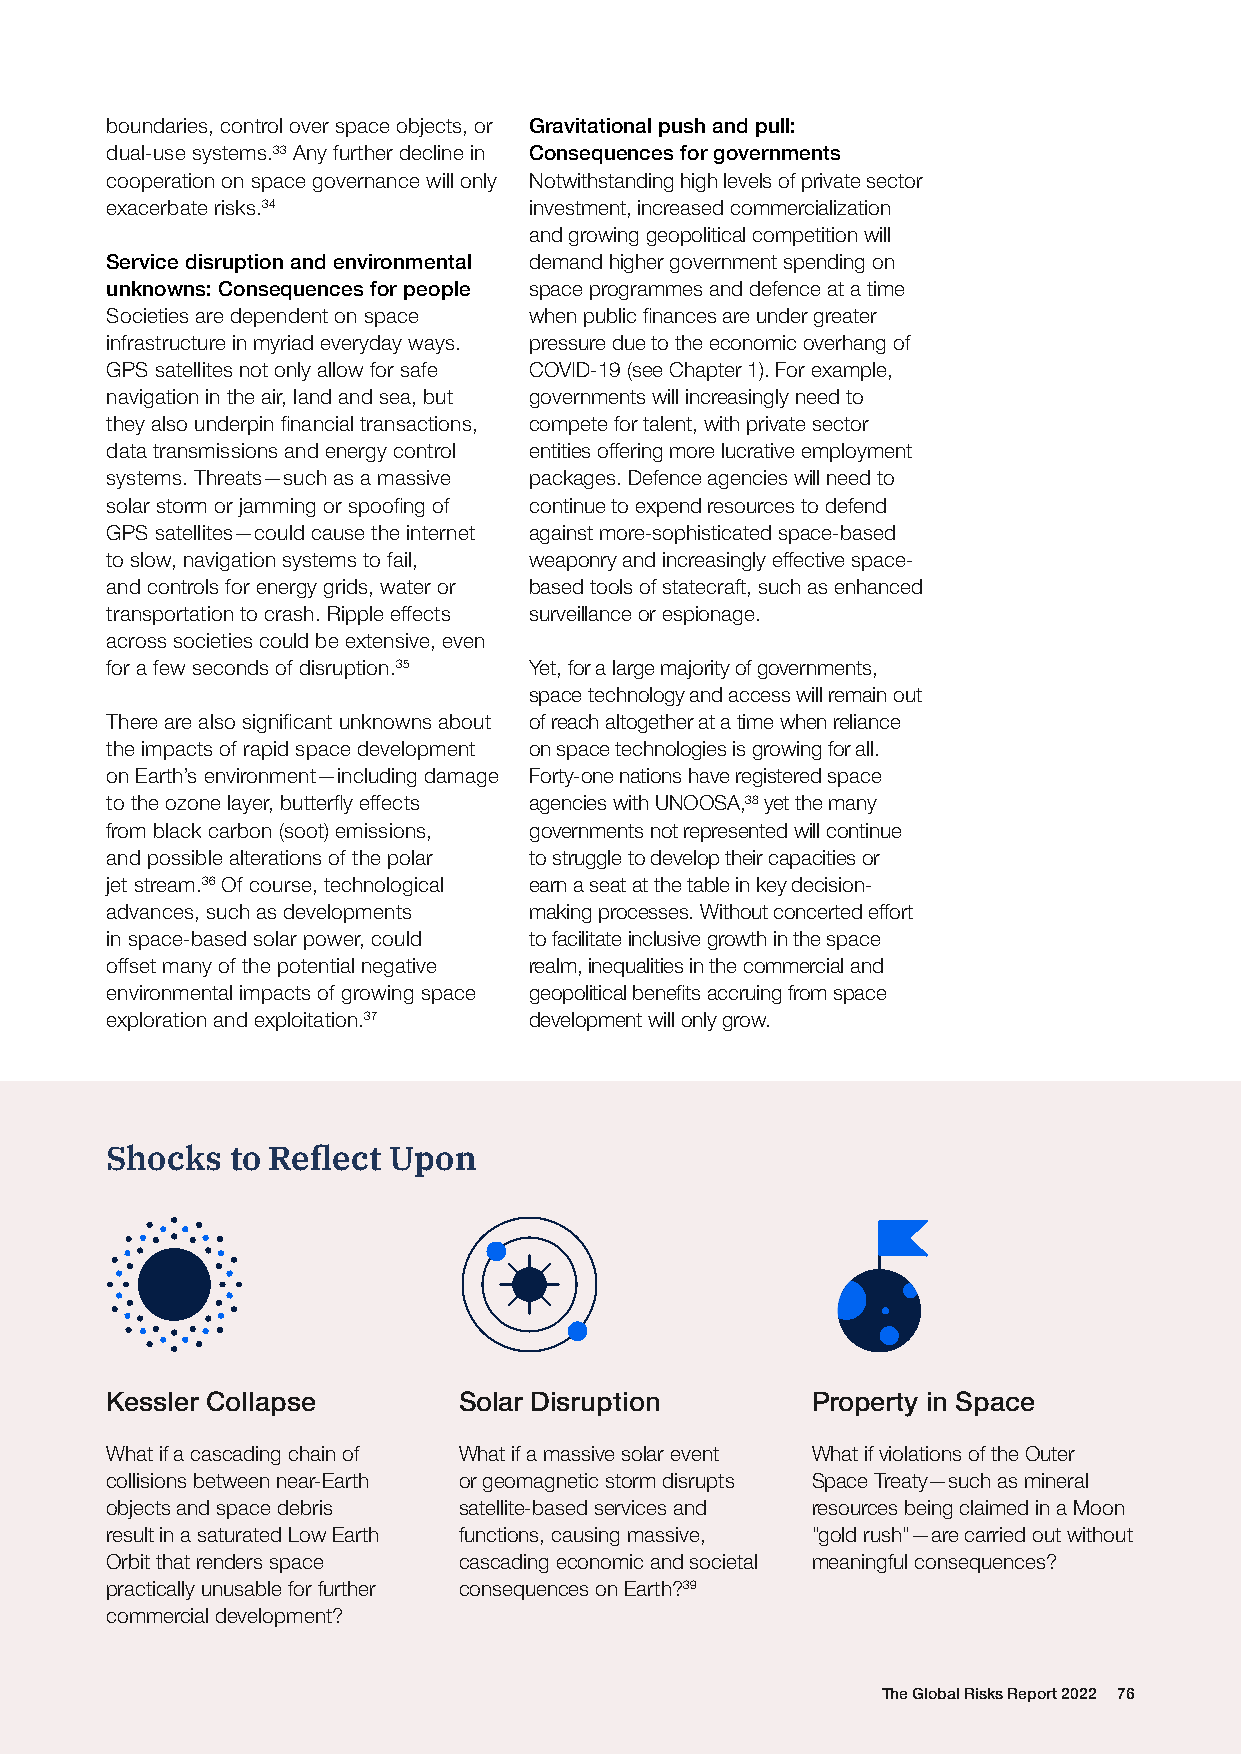
boundaries, control over space objects, or Gravitational push and pull:
 dual-use systems.33 Any further decline in Consequences for governments
 cooperation on space governance will only Notwithstanding high levels of private sector
 exacerbate risks.34         investment, increased commercialization
 and growing geopolitical competition will
 Service disruption and environmental demand higher government spending on
 unknowns: Consequences for people space programmes and defence at a time
 Societies are dependent on space when public finances are under greater
 infrastructure in myriad everyday ways. pressure due to the economic overhang of
 GPS satellites not only allow for safe COVID-19 (see Chapter 1). For example,
 navigation in the air, land and sea, but governments will increasingly need to
 they also underpin financial transactions, compete for talent, with private sector
 data transmissions and energy control entities offering more lucrative employment
 systems. Threats—such as a massive packages. Defence agencies will need to
 solar storm or jamming or spoofing of continue to expend resources to defend
 GPS satellites—could cause the internet against more-sophisticated space-based
 to slow, navigation systems to fail, weaponry and increasingly effective space-
 and controls for energy grids, water or based tools of statecraft, such as enhanced
 transportation to crash. Ripple effects surveillance or espionage.
 across societies could be extensive, even
 for a few seconds of disruption.35 Yet, for a large majority of governments,
 space technology and access will remain out
 There are also significant unknowns about of reach altogether at a time when reliance
 the impacts of rapid space development on space technologies is growing for all.
 on Earth’s environment—including damage Forty-one nations have registered space
 to the ozone layer, butterfly effects agencies with UNOOSA,38 yet the many
 from black carbon (soot) emissions, governments not represented will continue
 and possible alterations of the polar to struggle to develop their capacities or
 jet stream.36 Of course, technological earn a seat at the table in key decision-
 advances, such as developments making processes. Without concerted effort
 in space-based solar power, could to facilitate inclusive growth in the space
 offset many of the potential negative realm, inequalities in the commercial and
 environmental impacts of growing space geopolitical benefits accruing from space
 exploration and exploitation.37 development will only grow.
 Shocks  to Reflect Upon
 Kessler Collapse       Solar Disruption        Property in Space
 What if a cascading chain of What if a massive solar event What if violations of the Outer
 collisions between near-Earth or geomagnetic storm disrupts Space Treaty—such as mineral
 objects and space debris satellite-based services and resources being claimed in a Moon
 result in a saturated Low Earth functions, causing massive, "gold rush"—are carried out without
 Orbit that renders space cascading economic and societal meaningful consequences?
 practically unusable for further consequences on Earth?39
 commercial development?
 The Global Risks Report 2022 76